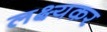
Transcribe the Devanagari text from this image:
लक्ष्यकर